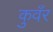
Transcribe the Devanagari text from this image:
कुवँर